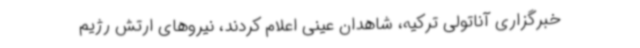
خبرگزاری آناتولی ترکیه، شاهدان عینی اعلام کردند، نیروهای ارتش رژیم